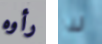
رأوه لذا